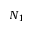
N _ { 1 }